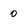
Character: 0